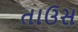
તાઉસ